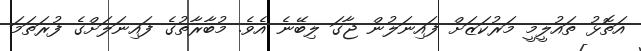
އަތޮޅު ތައުލީމީ މަރުކަޒަށް ފައިނަލުން ޖާގަ ލިބޭނެ އެވެ. މުބާރާތުގެ ފައިނަލަށްގެ ފުރަތަމަ